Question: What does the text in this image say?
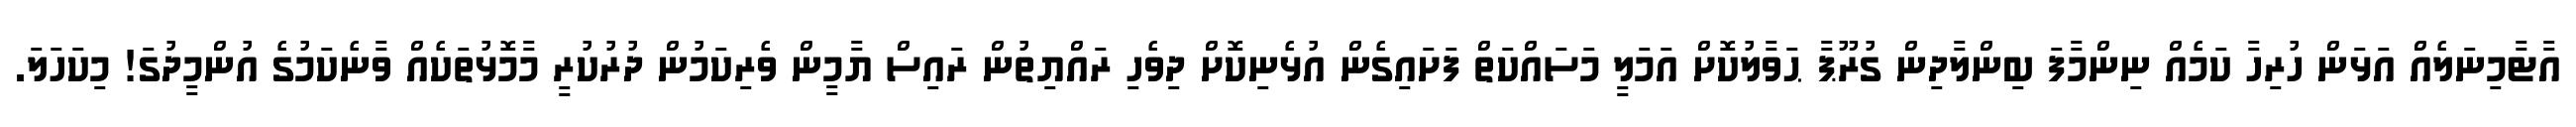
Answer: އާޓާމިނަލެއް އަޅަން ހުރިހާ ކަމެއް ނިންމާފަ ބިންލާދިން ގުރޫޕާ ޙަވާލުކޮށް އަމަލީ މަސައްކަތް ފަށައިގެން އުޅެނިކޮށް ދިވެހި ރައްޔިތުން ރައިސް ޔާމީން ވެރިކަމުން ދުރުކުރީ މާމޮޅުތަކެއް ވާނެކަމުގެ އުންމީދުގަ! މިކަހަލަ.